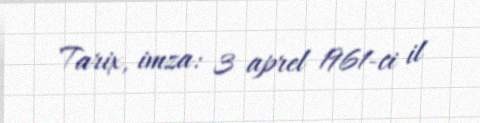
Tarix, imza: 3 aprel 1961-ci il